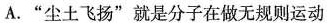
A.”尘土飞扬”就是分子在做无规则运动